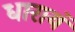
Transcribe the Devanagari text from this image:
धारायं